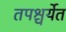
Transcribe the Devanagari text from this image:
तपश्चर्येत